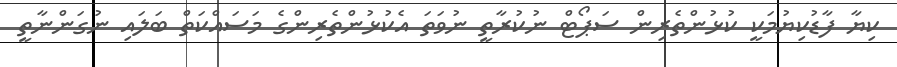
ކިޔާ ފާޑުކިޔުމަކީ ކުޅުންތެރިން ސަޕޯޓް ނުކުރާތީ ނުވަތަ އެކުޅުންތެރިންގެ މަސައްކަތް ބަލައި ނުގަންނާތީ